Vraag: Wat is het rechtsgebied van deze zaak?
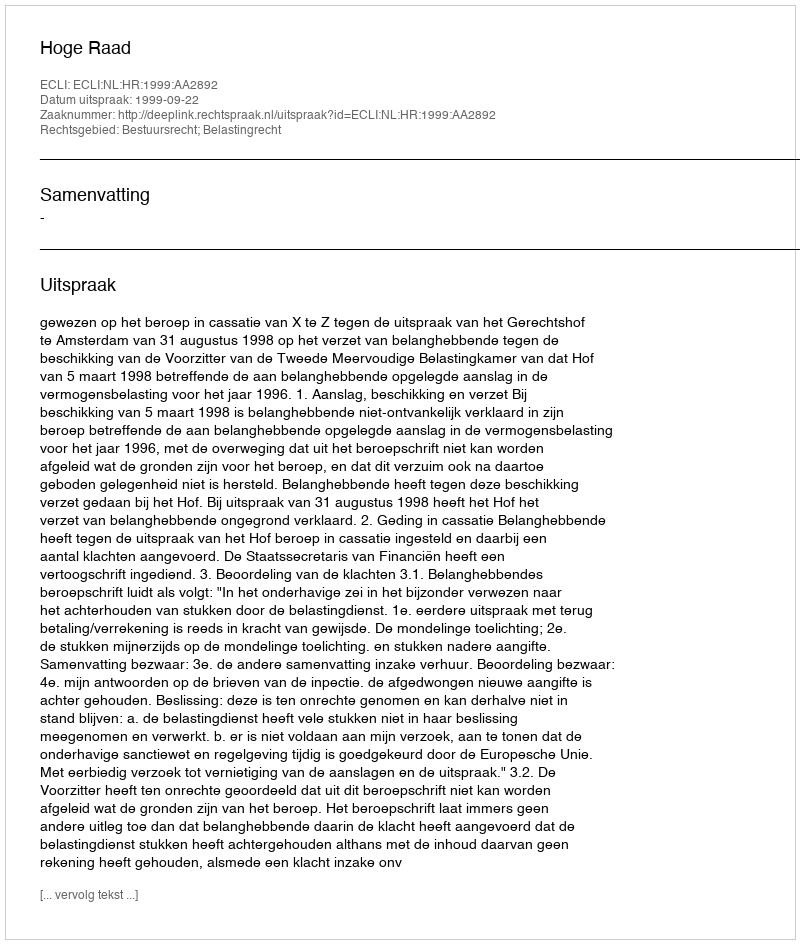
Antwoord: Bestuursrecht; Belastingrecht